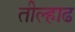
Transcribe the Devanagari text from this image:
तील्हाढ